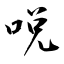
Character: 哾